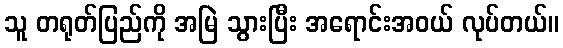
သူ တရုတ်ပြည်ကို အမြဲ သွားပြီး အရောင်းအဝယ် လုပ်တယ်။